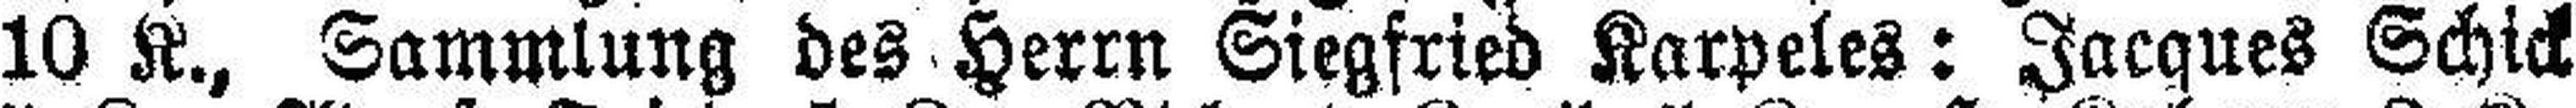
10 K., Sammlung des Herrn Siegfried Karpeles: Jacques Schick